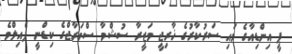
ޕީ އިންޑިއާގެ މައި ސަރުކާރުގެ ޚާރިޖީ ވަޒީރާ ސުޝްމާ ސްވަރާޖްގެ ކިޑްނީ ފެއިލްވެ